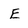
Character: E